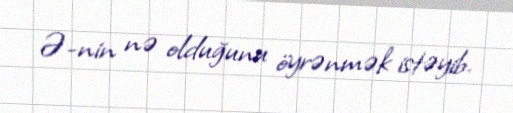
Ə-nin nə olduğunu öyrənmək istəyib.